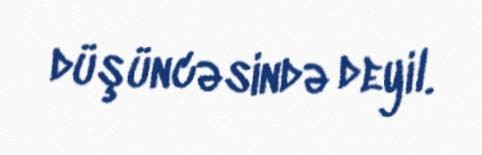
düşüncəsində deyil.